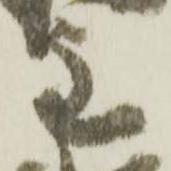
主